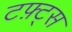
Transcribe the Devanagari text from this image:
टफ़्ट्स